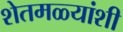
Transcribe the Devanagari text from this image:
शेतमळ्यांशी